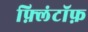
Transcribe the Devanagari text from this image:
फ़्लिंटॉफ़